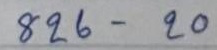
826 - 20